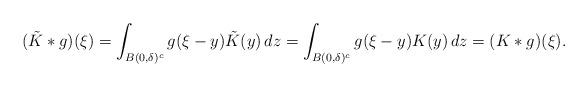
LaTeX: \begin{align*} (\tilde K * g)(\xi) = \int_{B(0,\delta)^c} g(\xi-y) \tilde K(y) \, dz = \int_{B(0,\delta)^c} g(\xi-y) K(y) \, dz = (K * g)(\xi).\end{align*}